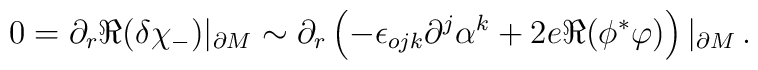
0=\partial_r \Re (\delta \chi_-)|_{\partial M} \sim\partial_r \left( -\epsilon_{ojk}\partial^j \alpha^k + 2e \Re ( \phi^* \varphi ) \right)|_{\partial M}\,.